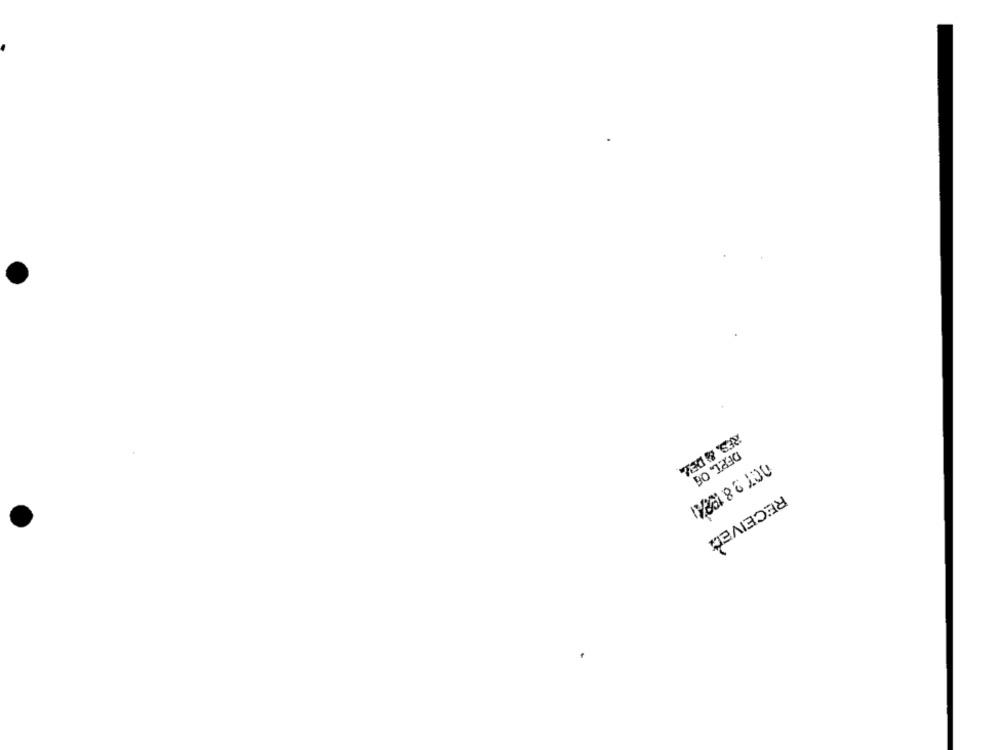
RES. & DEZ
DFPL. OG
RECEIVED